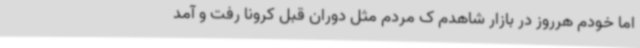
اما خودم هرروز در بازار شاهدم ک مردم مثل دوران قبل کرونا رفت و آمد